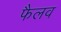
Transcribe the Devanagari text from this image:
फैलव